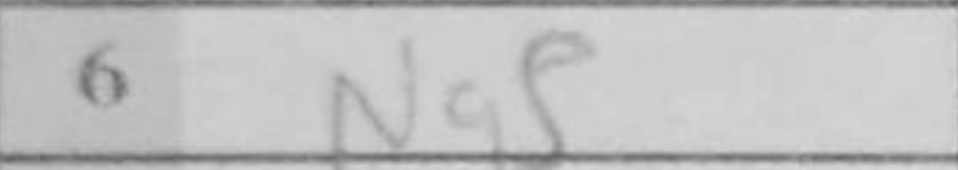
Transcription: Ng5